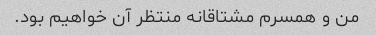
من و همسرم مشتاقانه منتظر آن خواهیم بود.